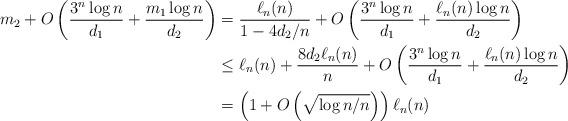
LaTeX: \begin{align*} m_2 + O\left(\frac{3^n\log{n}}{d_1} + \frac{m_1\log{n}}{d_2}\right)&= \frac{\ell_n(n)}{1-4d_2/n} + O\left(\frac{3^n\log{n}}{d_1} + \frac{\ell_n(n)\log{n}}{d_2}\right)\\&\leq \ell_n(n) + \frac{8d_2\ell_n(n)}{n} + O\left(\frac{3^n\log{n}}{d_1} + \frac{\ell_n(n)\log{n}}{d_2}\right)\\& = \left(1+O\left(\sqrt{\log{n}/n}\right)\right)\ell_n(n)\end{align*}